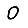
Digit: 0